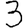
Digit: 3